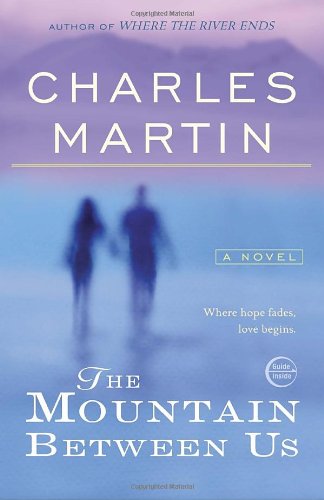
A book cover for The Mountain Between Us: A Novel; Charles Martin; Romance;